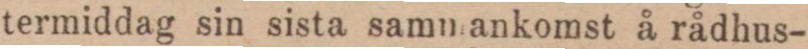
termiddag sin sista sammankomst å rådhus-